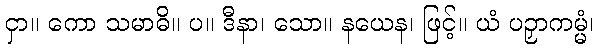
ငှာ။ ကော သမာဓိ။ ပ။ ဒီနာ၊ သော။ နယေန၊ ဖြင့်။ ယံ ပဉှာကမ္မံ၊